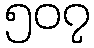
၅၀၇